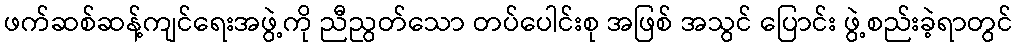
ဖက်ဆစ်ဆန့်ကျင်ရေးအဖွဲ့ကို ညီညွတ်သော တပ်ပေါင်းစု အဖြစ် အသွင် ပြောင်း ဖွဲ့စည်းခဲ့ရာတွင်